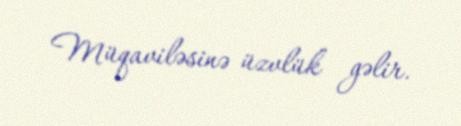
Müqaviləsinə üzvlük gəlir.